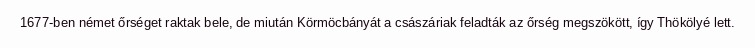
1677-ben német őrséget raktak bele, de miután Körmöcbányát a császáriak feladták az őrség megszökött, így Thökölyé lett.